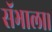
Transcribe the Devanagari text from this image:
सॅभाला।